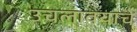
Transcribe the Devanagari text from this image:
उचलावयाचे